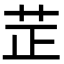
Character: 𦭒